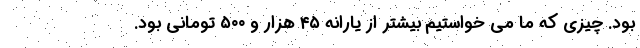
بود. چیزی که ما می خواستیم بیشتر از یارانه ۴۵ هزار و ۵۰۰ تومانی بود.